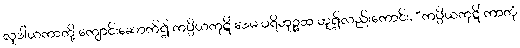
လူဒါယကာတို့ ကျောင်းဆောက်၍ ကပ္ပိယကုဋိံ ဒေမ ပရိဘုဉ္ဇထ ဟူ၍လည်းကောင်း, “ကပ္ပိယကုဋိံ ကာတုံ